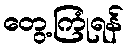
တွေ့ကြုံရန်